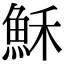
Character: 穌